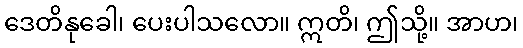
ဒေတိနုခေါ၊ ပေးပါသလော။ ဣတိ၊ ဤသို့။ အာဟ၊